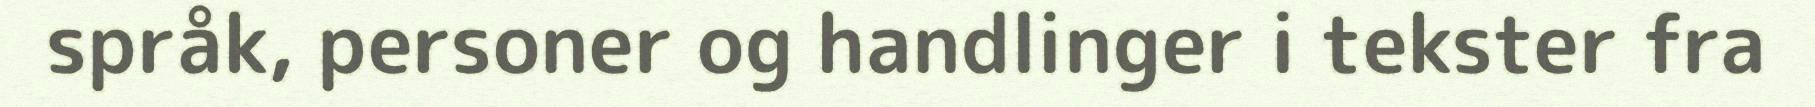
språk, personer og handlinger i tekster fra